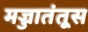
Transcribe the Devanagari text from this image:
मज्जातंतूस